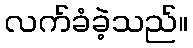
လက်ခံခဲ့သည်။